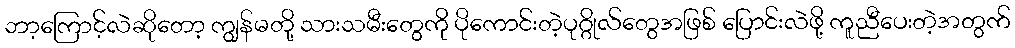
ဘာ့ကြောင့်လဲဆိုတော့ ကျွန်မတို့ သားသမီးတွေကို ပိုကောင်းတဲ့ပုဂ္ဂိုလ်တွေအဖြစ် ပြောင်းလဲဖို့ ကူညီပေးတဲ့အတွက်